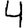
Digit: 4